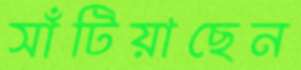
সাঁটিয়াছেন